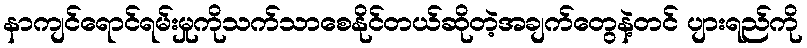
နာကျင်ရောင်ရမ်းမှုကိုသက်သာစေနိုင်တယ်ဆိုတဲ့အချက်တွေနဲ့တင် ပျားရည်ကို